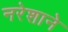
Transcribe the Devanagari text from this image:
नरेशाने